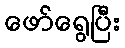
ဖော်ရွေပြီး